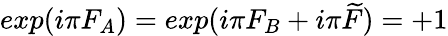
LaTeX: exp(i\pi F_{A})=exp(i\pi F_{B}+i\pi\widetilde{F})=+1